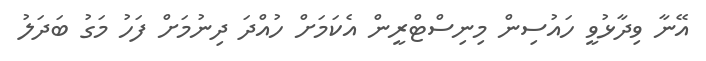
އޭނާ ވިދާޅުވީ ހައުސިން މިނިސްޓްރީން އެކަމަށް ހުއްދަ ދިނުމަށް ފަހު މަގު ބަދަލު